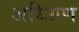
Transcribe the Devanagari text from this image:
अधिग्रण